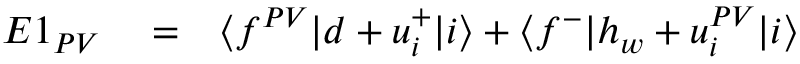
\begin{array} { r l r } { E 1 _ { P V } } & { { } = } & { \langle f ^ { P V } | d + u _ { i } ^ { + } | i \rangle + \langle f ^ { - } | h _ { w } + u _ { i } ^ { P V } | i \rangle } \end{array}